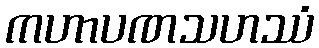
ကဟာပဏသဟဿံ